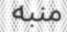
منبه